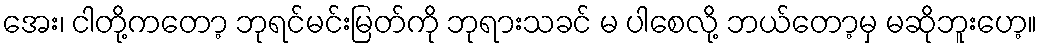
အေး၊ ငါတို့ကတော့ ဘုရင်မင်းမြတ်ကို ဘုရားသခင် မ ပါစေလို့ ဘယ်တော့မှ မဆိုဘူးဟေ့။